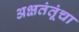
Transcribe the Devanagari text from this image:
अक्षतंतूंचा